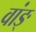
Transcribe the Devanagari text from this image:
वांङ्‌